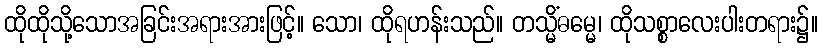
ထိုထိုသို့သောအခြင်းအရားအားဖြင့်။ သော၊ ထိုရဟန်းသည်။ တသ္မိံဓမ္မေ၊ ထိုသစ္စာလေးပါးတရား၌။